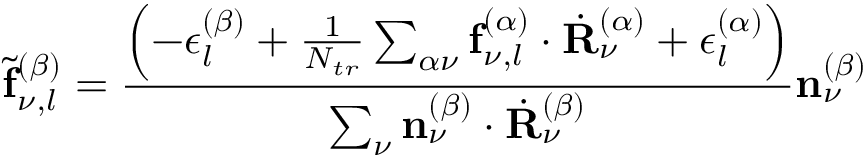
\tilde { \mathbf { f } } _ { \nu , l } ^ { ( \beta ) } = \frac { \left( - \epsilon _ { l } ^ { ( \beta ) } + \frac { 1 } { N _ { t r } } \sum _ { \alpha \nu } \mathbf { f } _ { \nu , l } ^ { ( \alpha ) } \cdot \dot { \mathbf { R } } _ { \nu } ^ { ( \alpha ) } + \epsilon _ { l } ^ { ( \alpha ) } \right) } { \sum _ { \nu } \mathbf { n } _ { \nu } ^ { ( \beta ) } \cdot \dot { \mathbf { R } } _ { \nu } ^ { ( \beta ) } } \mathbf { n } _ { \nu } ^ { ( \beta ) }